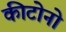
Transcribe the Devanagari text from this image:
कीटोनो